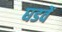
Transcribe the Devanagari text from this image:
घडवें